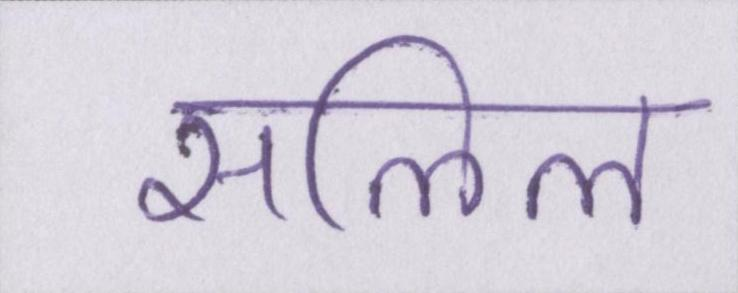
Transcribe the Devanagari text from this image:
सलिल